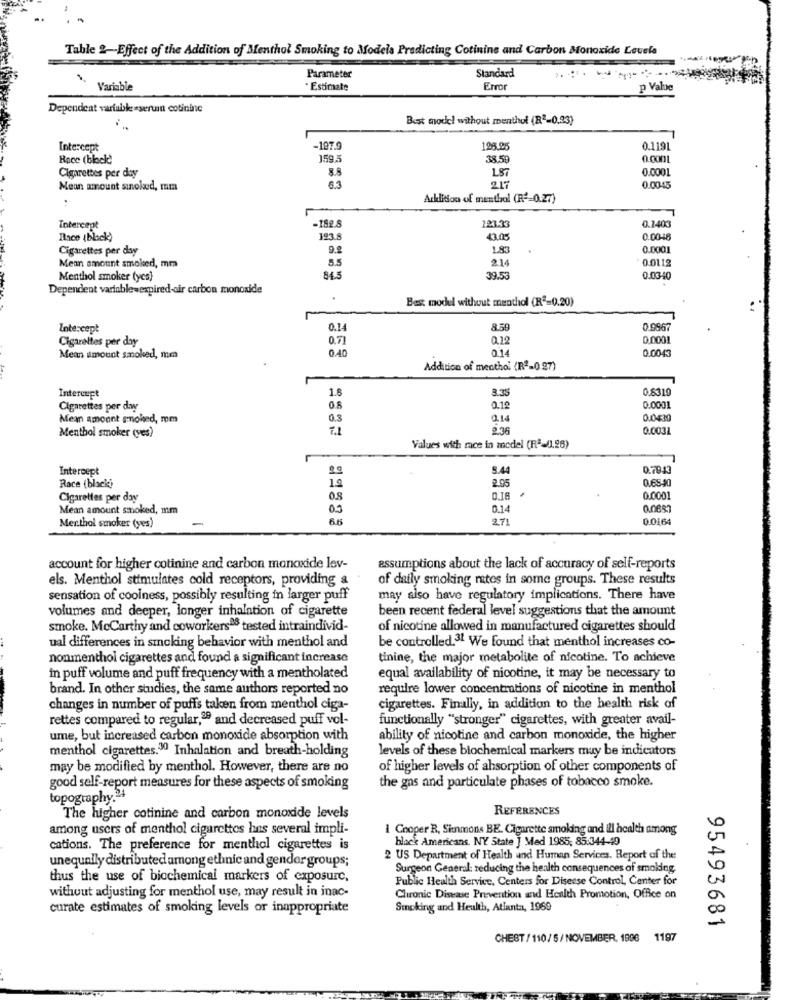
Table 2-Effect of the Addition of Menthol Smoking to Models Predicting Cotinins and Carbon Monoxide Levele
Standard
Parameter
Variable
Estimate
Erro
p Value
Dependent variable: «seruin cotinine
Best model without menthol (R2-0,23}
Intercept
-197.9
0.1191
Race (black)
159.
38.59
0.0001
8.8
0.0001
Cigarettes per day
187
Mean amount sinoled, mama
6.3
217
0.0045
Addition of menthol (R$=0.27)
-182.5
123.33
Intercept
0.1403
Race (black)
193.8
13.05
0.0046
Cigarettes per day
1.83
0.0001
Mean amount smolsed, mm
2.14
0.0112
Menthol smoker (yes)
84.5
39.53
0.0340
Dependent variablewexpired-cir carbon monoxide
Best model without menthol (Rª=0.20)
Intercept
0.14
8.50
0.9967
Cigarettes per day
0.71
0.12
0.0001
0.40
0.14
0.0043
Mean amount smoked, mm
Addition of menthol (Re-0.27)
1.6
3.35
0.6310
Intercept
Cigarettes per day
0.8
0.12
0.0001
Mean amount smoked, mm
0.3
0.14
0.0439
2.35
0.0031
Menthol smoker (yes)
Values with race in model (Fª-11.26)
Intercept
5.44
0.7943
2.05
0.68-90
Race (black)
Cigarettes per day
08
0.18
0.0001
Mean amount smoked, mm
03
0.14
0.0657
Mer.thol smoker (yes)
271
0.0164
account for higher cotinine and carbon monoxide lev-
assumptions about the lack of accuracy of self-reports
els. Menthol stimulates cold receptors, providing &
of daily smoking rates in some groups. These results
sensation of coolness, possibly resulting in larger puff
may also have regulatory implications. There have
volumes and deeper, longer inhalation of cigarette
been recent federal level suggestions that the amount
smoke. McCarthy and coworkers08 tested intraindivid-
of nicotine allowed in manufactured cigarettes should
ual differences in smoking behavior with menthol and
be controlled.3. We found that menthol increases co-
nonmenthol cigarettes and found a significant increase
tinine, the major metabolite of nicotine. To achieve
in puff volume and puff frequency with a mentholated
equal availability of nicotine, it may be necessary to
brand. In other stuches, the same authors reported no
require lower concentrations of nicotine in menthol
changes in number of puffs taken from menthol ciga-
cigarettes. Finally, in addition to the health risk of
rettes compared to regular,99 and decreased puff vol-
functionally "stronger" cigarettes, with greater avail-
ume, but increased carbon monoxide absorption with
ability of nicotine and carbon monoxide, the higher
menthol cigarettes.30 Inhalation and breath-holding
levels of these biochemical markers may be indicators
may be modified by menthol. However, there are no
of higher levels of absorption of other components of
the gns and particulate phases of tobacco smoke.
good self-report measures for these aspects of smoking
topography.24
REFERENCES
The higher cotinine and carbon monoxide levels
among users of menthol cigarettes has several impli-
1 Cooper R, Sinmons BE. Cigarette smoking and ill health among
black Americans. NY State ] Med 1985, 85:344-49
cations. The preference for menthol cigarettes is
unequally distributed among ethnic and gender groups;
2 US Department of Health and Human Services. Report of the
Surgeon General: reducing the health consequences of smoking.
thus the use of biochemical markers of exposure,
Public Health Service, Centers for Disease Control, Center for
without adjusting for menthol use, may result in inac-
Chronic Disease Prevention and Health Promotion, Office on
curate estimates of smoking levels or inappropriate
Smoking and Health, Atlanta, 1969
95493681
CHEST / 110/5/ NOVEMBER, 1996 1197